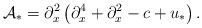
LaTeX: \begin{align*}\mathcal A_* = \partial_x^2\left(\partial_x^4 + \partial_x^2 -c + u_*\right).\end{align*}